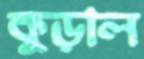
কুড়াল